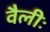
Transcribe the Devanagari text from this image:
वैलीः